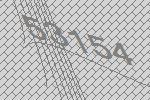
53154